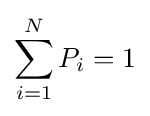
\sum _{i=1}^{N}P_{i}=1